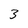
Character: 3